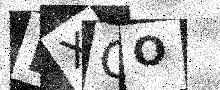
Text: LXOO